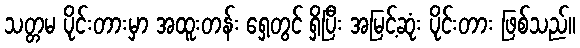
သတ္တမ ပိုင်းတားမှာ အထူးတန်း ရှေ့တွင် ရှိပြီး အမြင့်ဆုံး ပိုင်းတား ဖြစ်သည်။